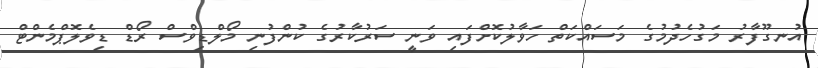
އުނގޫފާރު މަގުހެދުމުގެ މަސައްކަތް ހަވާލުކޮށްފައި ވަނީ ސަރުކާރުގެ ކުންފުނި މޯލްޑިވްސް ރޯޑް ޑިވެލޮޕްމެންޓް